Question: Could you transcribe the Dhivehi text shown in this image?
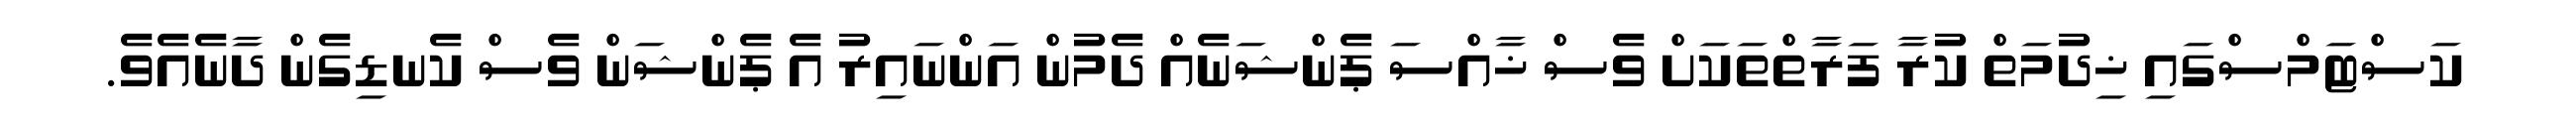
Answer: ކަސްޓަމްސްގައި ޚިދުމަތް ކުރާ ފަރާތްތަކަށް ވެސް ޚާއްސަ ޕެންޝަނެއް ދެމުން އަންނައިރު އެ ޕެންޝަން ވެސް ކެނޑިގެން ދާނެއެވެ.